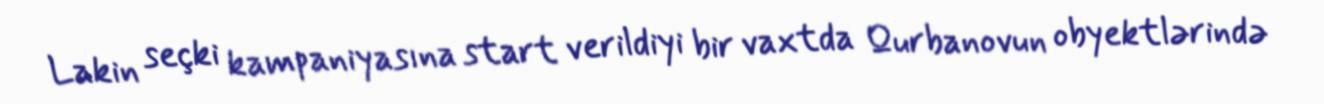
Lakin seçki kampaniyasına start verildiyi bir vaxtda Qurbanovun obyektlərində